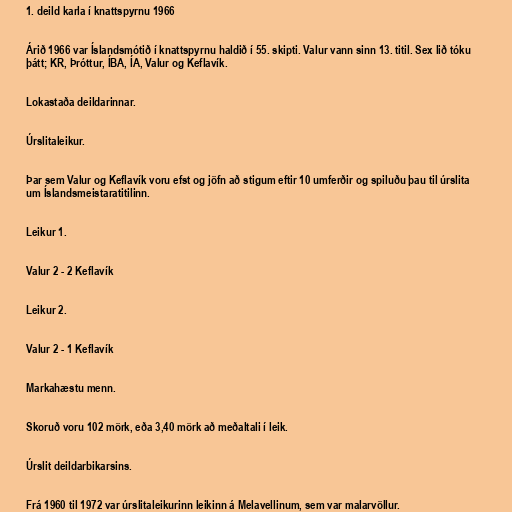
1. deild karla í knattspyrnu 1966

Árið 1966 var Íslandsmótið í knattspyrnu haldið í 55. skipti. Valur vann sinn 13. titil. Sex lið tóku
þátt; KR, Þróttur, ÍBA, ÍA, Valur og Keflavík.

Lokastaða deildarinnar.

Úrslitaleikur.

Þar sem Valur og Keflavík voru efst og jöfn að stigum eftir 10 umferðir og spiluðu þau til úrslita
um Íslandsmeistaratitilinn.

Leikur 1.

Valur 2 - 2 Keflavík

Leikur 2.

Valur 2 - 1 Keflavík

Markahæstu menn.

Skoruð voru 102 mörk, eða 3,40 mörk að meðaltali í leik.

Úrslit deildarbikarsins.

Frá 1960 til 1972 var úrslitaleikurinn leikinn á Melavellinum, sem var malarvöllur.